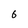
Character: 6